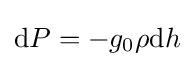
{\text{d}}P=-g_{0}\rho {\text{d}}h